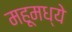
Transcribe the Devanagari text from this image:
महूमध्ये